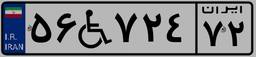
۳۸W۰۸۶۱۹